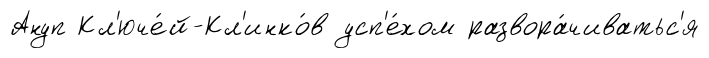
Ануп Кл'юче́й-Кл'инко́в усп'е́хом развора́чиватьс'я